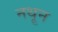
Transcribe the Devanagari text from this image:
नथून